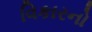
વિકારનો